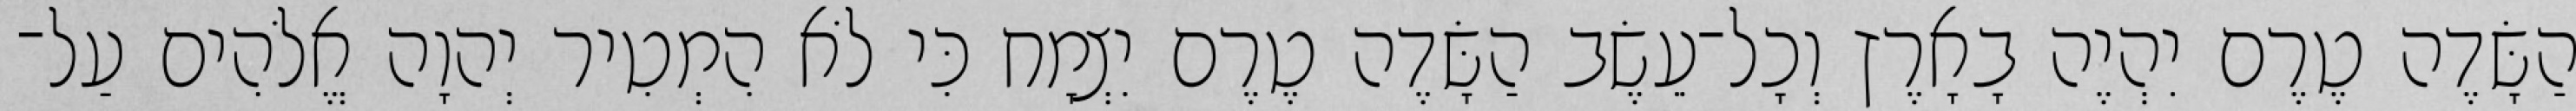
הַשָּׂדֶה טֶרֶם יִהְיֶה בָאָרֶץ וְכָל־עֵשֶׂב הַשָּׂדֶה טֶרֶם יִצְמָח כִּי לֹא הִמְטִיר יְהוָה אֱלֹהִים עַל־